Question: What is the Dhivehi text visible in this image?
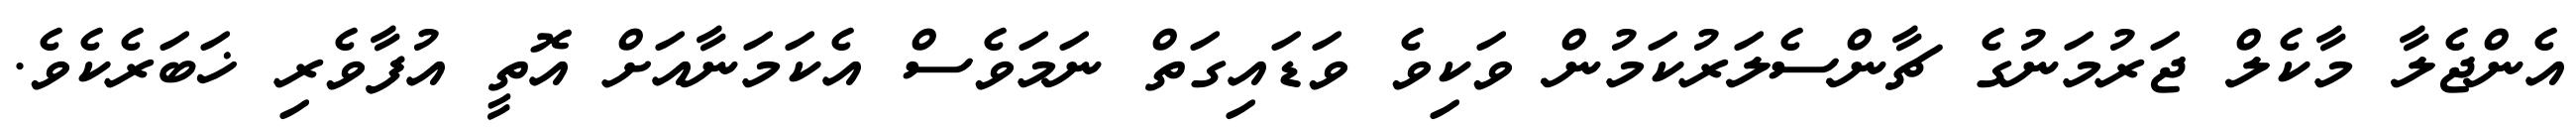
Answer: އެންޖެލާ މާކެލް ޖަރުމަނުގެ ޗާންސެލަރުކަމުން ވަކިވެ ވަޑައިގަތް ނަމަވެސް އެކަމަނާއަށް އޮތީ އުފާވެރި ޚަބަރެކެވެ.